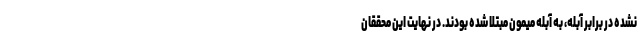
نشده در برابر آبله، به آبله میمون مبتلا شده بودند. در نهایت این محققان